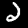
Label: 2